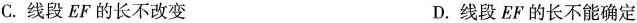
C.线段EF的长不改变 D.线段EF的长不能确定